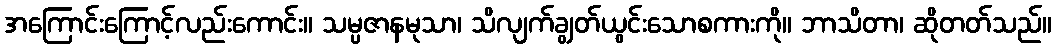
အကြောင်းကြောင့်လည်းကောင်း။ သမ္ပဇာနမုသာ၊ သိလျက်ချွတ်ယွင်းသောစကားကို။ ဘာသိတာ၊ ဆိုတတ်သည်။